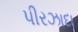
પીરઝાદા